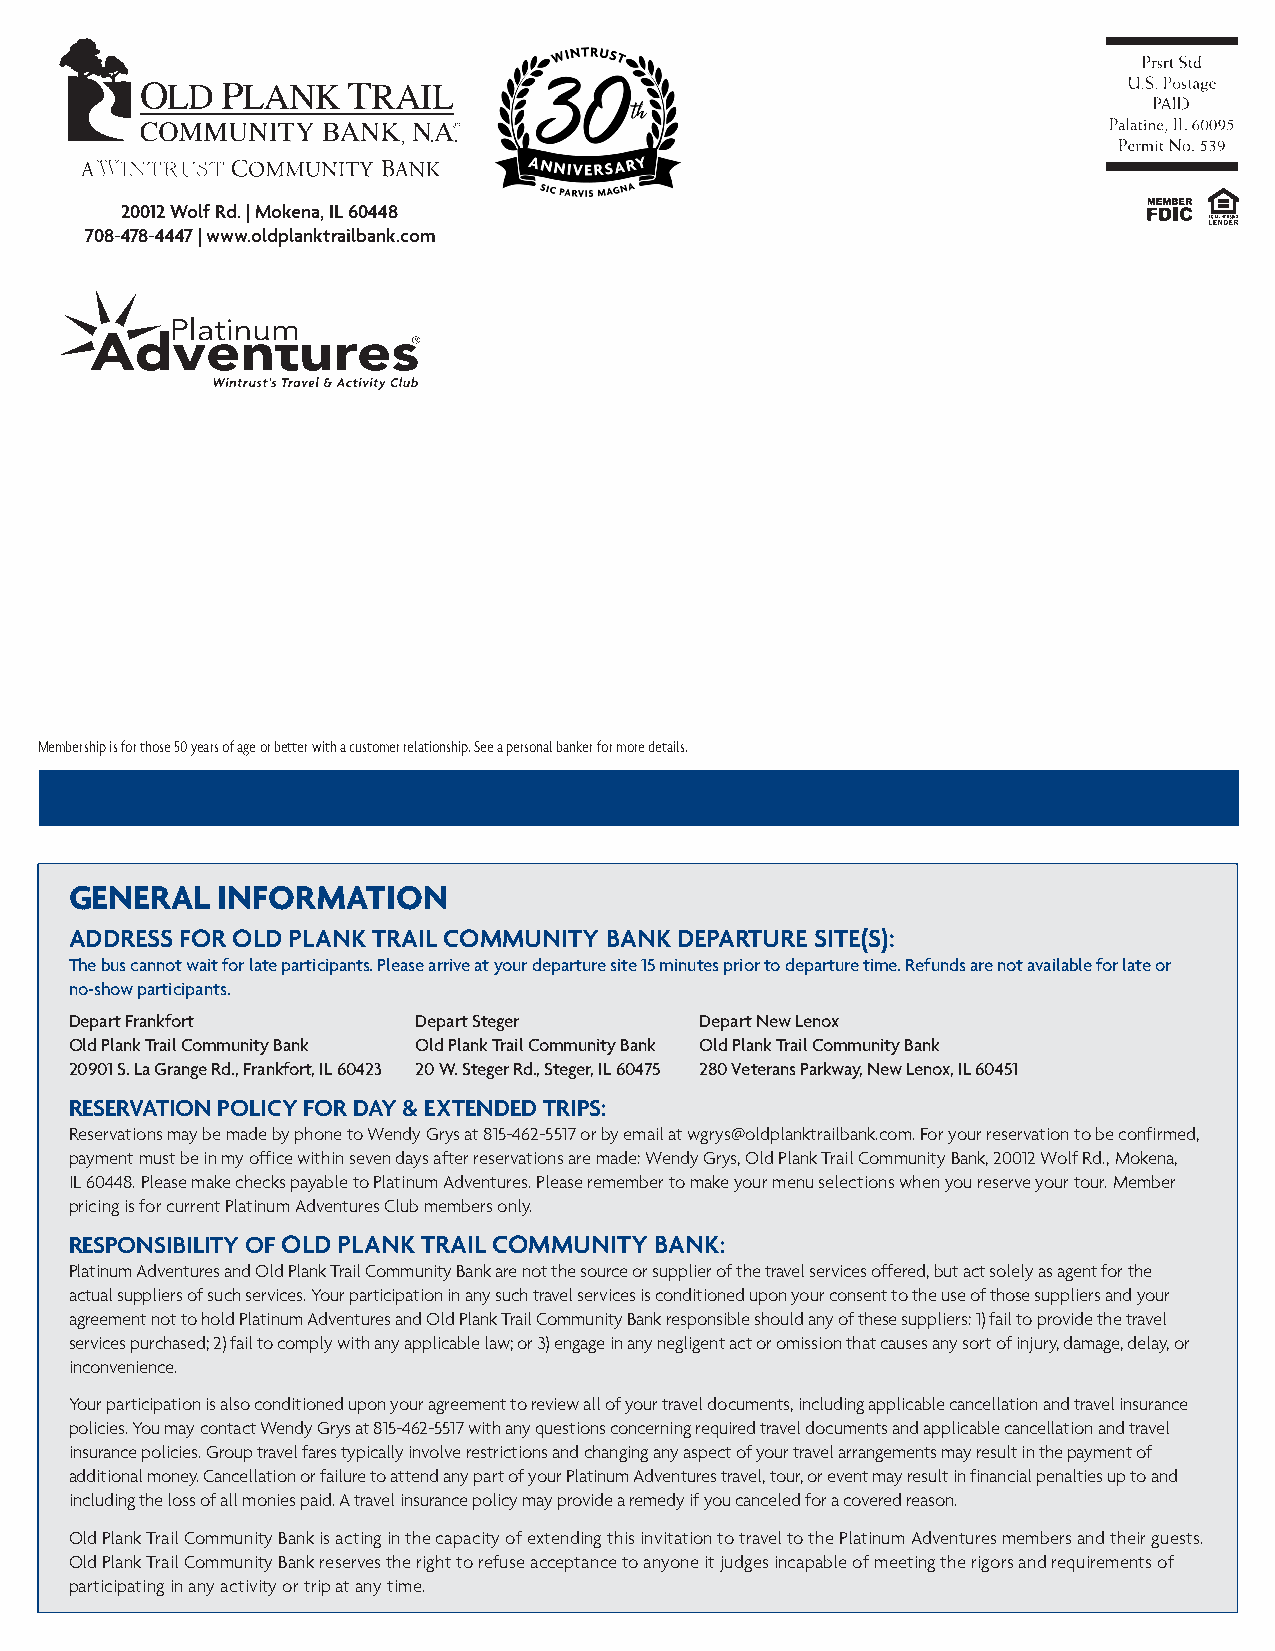
, . .
 , . .
 YOUR COMMUNITY  BANK
 20012 Wolf Rd. | Mokena, IL 60448
 708-478-4447 | www.oldplanktrailbank.com
 Membership is for those 50 years of age or better with a customer relationship. See a personal banker for more details.
 GENERAL  INFORMATION
 ADDRESS FOR OLD PLANK TRAIL COMMUNITY BANK DEPARTURE SITE(S):
 The bus cannot wait for late participants. Please arrive at your departure site 15 minutes prior to departure time. Refunds are not available for late or
 no-show participants.
 Depart Frankfort       Depart Steger     Depart New Lenox
 Old Plank Trail Community Bank Old Plank Trail Community Bank Old Plank Trail Community Bank
 20901 S. La Grange Rd., Frankfort, IL 60423 20 W. Steger Rd., Steger, IL 60475 280 Veterans Parkway, New Lenox, IL 60451
 RESERVATION POLICY FOR DAY & EXTENDED TRIPS:
 Reservations may be made by phone to Wendy Grys at 815-462-5517 or by email at wgrys@oldplanktrailbank.com. For your reservation to be confirmed,
 payment must be in my office within seven days after reservations are made: Wendy Grys, Old Plank Trail Community Bank, 20012 Wolf Rd., Mokena,
 IL 60448. Please make checks payable to Platinum Adventures. Please remember to make your menu selections when you reserve your tour. Member
 pricing is for current Platinum Adventures Club members only.
 RESPONSIBILITY OF OLD PLANK TRAIL COMMUNITY BANK:
 Platinum Adventures and Old Plank Trail Community Bank are not the source or supplier of the travel services offered, but act solely as agent for the
 actual suppliers of such services. Your participation in any such travel services is conditioned upon your consent to the use of those suppliers and your
 agreement not to hold Platinum Adventures and Old Plank Trail Community Bank responsible should any of these suppliers: 1) fail to provide the travel
 services purchased; 2) fail to comply with any applicable law; or 3) engage in any negligent act or omission that causes any sort of injury, damage, delay, or
 inconvenience.
 Your participation is also conditioned upon your agreement to review all of your travel documents, including applicable cancellation and travel insurance
 policies. You may contact Wendy Grys at 815-462-5517 with any questions concerning required travel documents and applicable cancellation and travel
 insurance policies. Group travel fares typically involve restrictions and changing any aspect of your travel arrangements may result in the payment of
 additional money. Cancellation or failure to attend any part of your Platinum Adventures travel, tour, or event may result in financial penalties up to and
 including the loss of all monies paid. A travel insurance policy may provide a remedy if you canceled for a covered reason.
 Old Plank Trail Community Bank is acting in the capacity of extending this invitation to travel to the Platinum Adventures members and their guests.
 Old Plank Trail Community Bank reserves the right to refuse acceptance to anyone it judges incapable of meeting the rigors and requirements of
 participating in any activity or trip at any time.